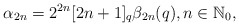
\begin{align*}\alpha_{2n}= 2^{2n} [2n+1]_q \beta_{2n}(q),n\in \mathbb{N}_0,\end{align*}